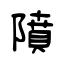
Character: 隫